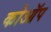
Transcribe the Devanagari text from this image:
कोऑप